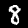
Label: 8